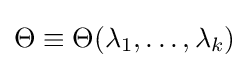
\Theta \equiv \Theta (\lambda _{1},\dots ,\lambda _{k})